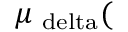
\mu _ { \mathrm { \ d e l t a } } ( \